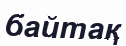
байтақ